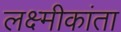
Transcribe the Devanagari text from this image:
लक्ष्मीकांता